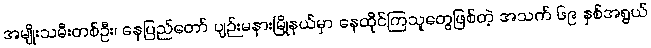
အမျိုးသမီးတစ်ဦး၊ နေပြည်တော် ပျဉ်းမနားမြို့နယ်မှာ နေထိုင်ကြသူတွေဖြစ်တဲ့ အသက် ၆၉ နှစ်အရွယ်